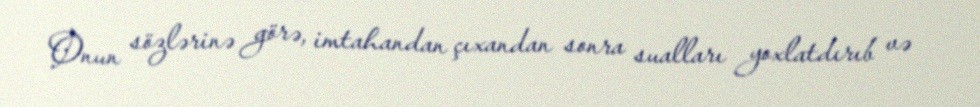
Onun sözlərinə görə, imtahandan çıxandan sonra sualları yoxlatdırıb və